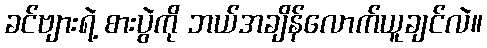
ခင်ဗျားရဲ့ စားပွဲကို ဘယ်အချိန်လောက်ယူချင်လဲ။